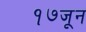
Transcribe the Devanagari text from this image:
१७जून